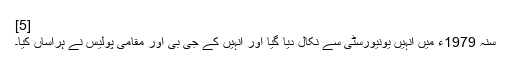
[5]
سنہ 1979ء میں انہیں یونیورسٹی سے نکال دیا گیا اور انہیں کے جی بی اور مقامی پولیس نے ہراساں کیا۔